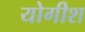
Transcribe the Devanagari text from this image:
योगीश